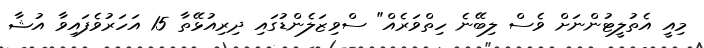
މިއީ އެތުލީޓުންނަށް ވެސް ލިބޭނެ ހިތްވަރެއް" ސްވިޒަލެންޑުގައި ދިރިއުޅޭތާ 15 އަހަރުވެފައިވާ އުޝާ